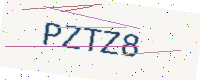
Text: PZTZ8